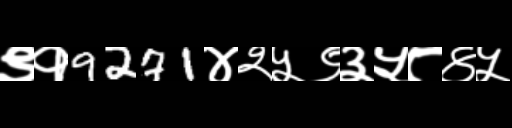
Text: ९१9271४२५९३५८४५